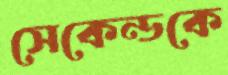
সেকেন্ডকে